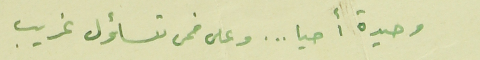
وحيدة أحيا ... وعلى فمى تساؤل غريب